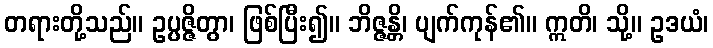
တရားတို့သည်။ ဥပ္ပဇ္ဇိတွာ၊ ဖြစ်ပြီး၍။ ဘိဇ္ဇန္တိ၊ ပျက်ကုန်၏။ ဣတိ၊ သို့။ ဥဒယံ၊